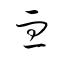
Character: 血